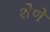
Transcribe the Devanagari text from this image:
शेणे